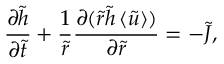
\frac { \partial \tilde { h } } { \partial \tilde { t } } + \frac { 1 } { \tilde { r } } \frac { \partial ( \tilde { r } \tilde { h } \left\langle \tilde { u } \right\rangle ) } { \partial \tilde { r } } = - \tilde { J } ,